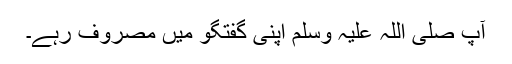
آپ صلی اللہ علیہ وسلم اپنی گفتگو میں مصروف رہے۔